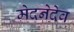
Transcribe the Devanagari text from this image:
मेदनेदेव